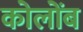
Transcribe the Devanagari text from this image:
कोलोंब